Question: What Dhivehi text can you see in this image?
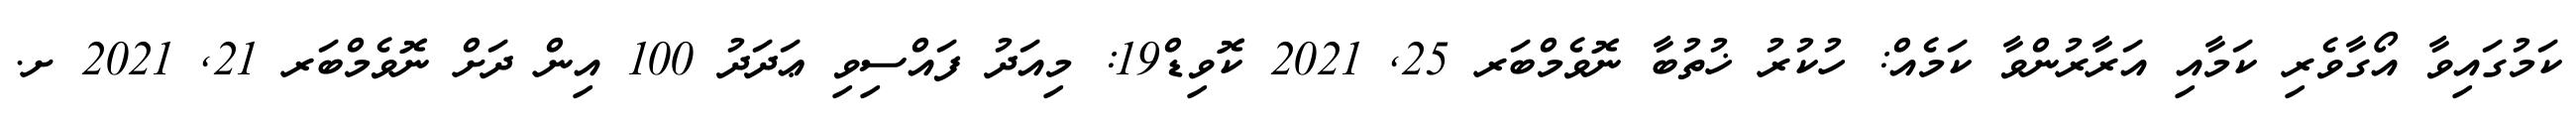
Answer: ކަމުގައިވާ އޯގާވެރި ކަމާއި އަރާރުންވާ ކަމެއް: ހުކުރު ޚުތުބާ ނޮވެމްބަރ 25, 2021 ކޮވިޑް19: މިއަދު ފައްސިވި ޢަދަދު 100 އިން ދަށް ނޮވެމްބަރ 21, 2021 ށ.